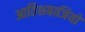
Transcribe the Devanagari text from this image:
आतिशबाजियों